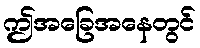
ဤအခြေအနေတွင်